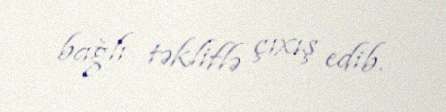
bağlı təkliflə çıxış edib.